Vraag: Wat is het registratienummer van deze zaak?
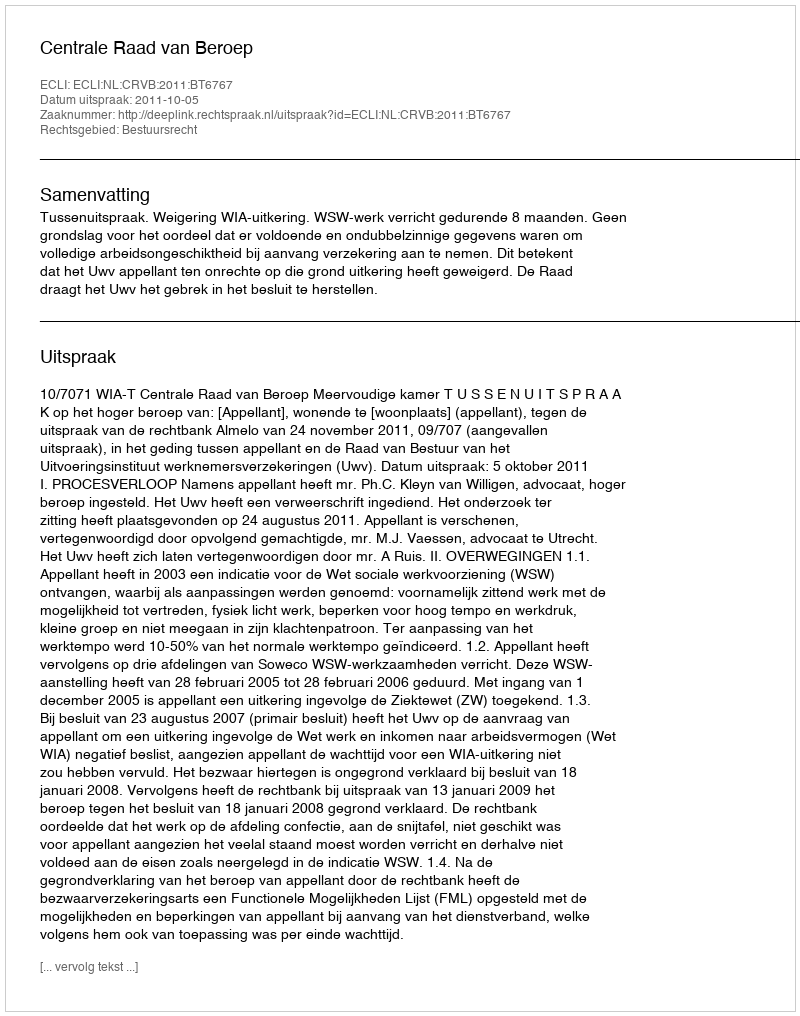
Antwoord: http://deeplink.rechtspraak.nl/uitspraak?id=ECLI:NL:CRVB:2011:BT6767